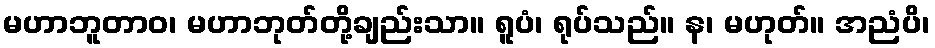
မဟာဘူတာဝ၊ မဟာဘုတ်တို့ချည်းသာ။ ရူပံ၊ ရုပ်သည်။ န၊ မဟုတ်။ အညံပိ၊